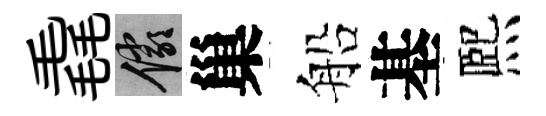
毳儼巢船基熈